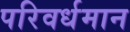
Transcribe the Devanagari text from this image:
परिवर्धमान